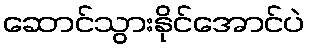
ဆောင်သွားနိုင်အောင်ပဲ